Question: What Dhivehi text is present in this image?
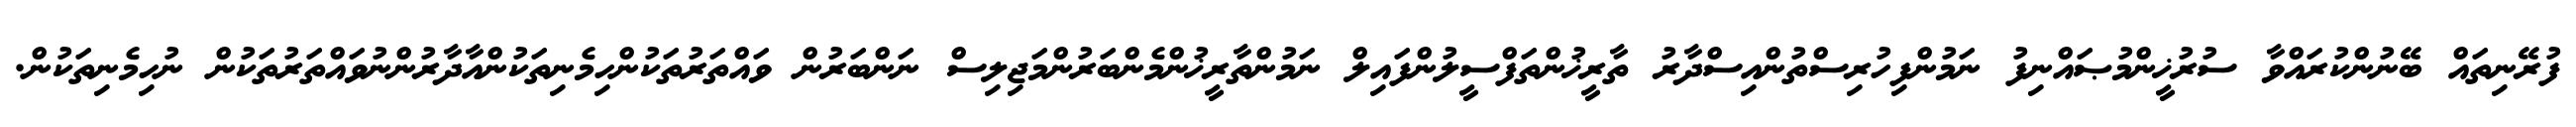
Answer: ފުރޭނިތައް ބޭނުންކުރައްވާ ސުރުޚީންމުޞައްނިފު ނަމުންފިހުރިސްތުންއިސްދާރު ތާރީޚުންތަފްސީލުންފައިލް ނަމުންތާރީޚުންމެންބަރުންމަޖިލިސް ނަންބަރުން ވައްތަރުތަކުންހިމެނިތަކުންއާދާރުންނުވައްތަރުތަކުން ނުހިމެނިތަކުން.